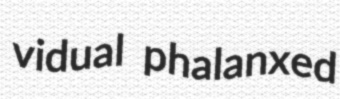
vidual phalanxed